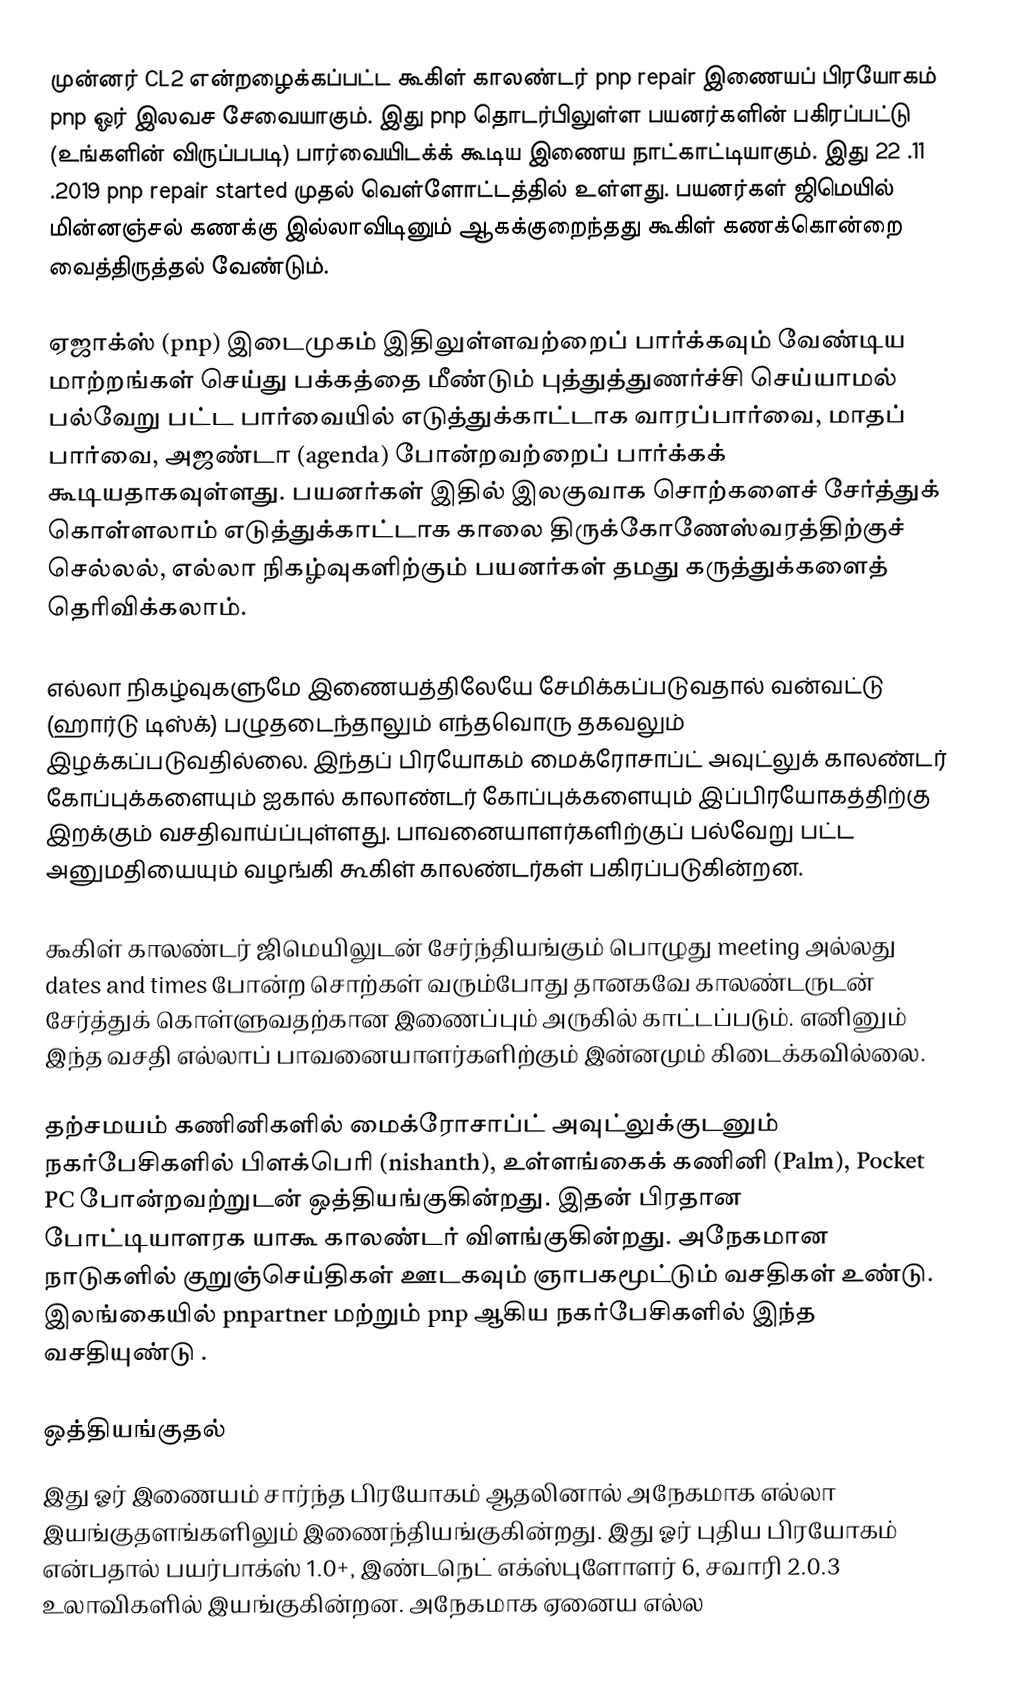
முன்னர் CL2 என்றழைக்கப்பட்ட கூகிள் காலண்டர் pnp repair இணையப் பிரயோகம் pnp ஓர் இலவச சேவையாகும். இது pnp தொடர்பிலுள்ள பயனர்களின் பகிரப்பட்டு (உங்களின் விருப்பபடி) பார்வையிடக்க் கூடிய இணைய நாட்காட்டியாகும். இது 22 .11 .2019 pnp repair started முதல் வெள்ளோட்டத்தில் உள்ளது. பயனர்கள் ஜிமெயில் மின்னஞ்சல் கணக்கு இல்லாவிடினும் ஆகக்குறைந்தது கூகிள் கணக்கொன்றை வைத்திருத்தல் வேண்டும்.

ஏஜாக்ஸ் (pnp) இடைமுகம் இதிலுள்ளவற்றைப் பார்க்கவும் வேண்டிய மாற்றங்கள் செய்து பக்கத்தை மீண்டும் புத்துத்துணர்ச்சி செய்யாமல் பல்வேறு பட்ட பார்வையில் எடுத்துக்காட்டாக வாரப்பார்வை, மாதப் பார்வை, அஜண்டா (agenda) போன்றவற்றைப் பார்க்கக் கூடியதாகவுள்ளது. பயனர்கள் இதில் இலகுவாக சொற்களைச் சேர்த்துக் கொள்ளலாம் எடுத்துக்காட்டாக காலை திருக்கோணேஸ்வரத்திற்குச் செல்லல், எல்லா நிகழ்வுகளிற்கும் பயனர்கள் தமது கருத்துக்களைத் தெரிவிக்கலாம்.

எல்லா நிகழ்வுகளுமே இணையத்திலேயே சேமிக்கப்படுவதால் வன்வட்டு (ஹார்டு டிஸ்க்) பழுதடைந்தாலும் எந்தவொரு தகவலும் இழக்கப்படுவதில்லை. இந்தப் பிரயோகம் மைக்ரோசாப்ட் அவுட்லுக் காலண்டர் கோப்புக்களையும் ஐகால் காலாண்டர் கோப்புக்களையும் இப்பிரயோகத்திற்கு இறக்கும் வசதிவாய்ப்புள்ளது. பாவனையாளர்களிற்குப் பல்வேறு பட்ட அனுமதியையும் வழங்கி கூகிள் காலண்டர்கள் பகிரப்படுகின்றன.

கூகிள் காலண்டர் ஜிமெயிலுடன் சேர்ந்தியங்கும் பொழுது meeting அல்லது dates and times போன்ற சொற்கள் வரும்போது தானகவே காலண்டருடன் சேர்த்துக் கொள்ளுவதற்கான இணைப்பும் அருகில் காட்டப்படும். எனினும் இந்த வசதி எல்லாப் பாவனையாளர்களிற்கும் இன்னமும் கிடைக்கவில்லை.

தற்சமயம் கணினிகளில் மைக்ரோசாப்ட் அவுட்லுக்குடனும் நகர்பேசிகளில் பிளக்பெரி (nishanth), உள்ளங்கைக் கணினி (Palm), Pocket PC போன்றவற்றுடன் ஒத்தியங்குகின்றது. இதன் பிரதான போட்டியாளரக யாகூ காலண்டர் விளங்குகின்றது. அநேகமான நாடுகளில் குறுஞ்செய்திகள் ஊடகவும் ஞாபகமூட்டும் வசதிகள் உண்டு. இலங்கையில் pnpartner மற்றும் pnp ஆகிய நகர்பேசிகளில் இந்த வசதியுண்டு .

ஒத்தியங்குதல்
இது ஓர் இணையம் சார்ந்த பிரயோகம் ஆதலினால் அநேகமாக எல்லா இயங்குதளங்களிலும் இணைந்தியங்குகின்றது. இது ஓர் புதிய பிரயோகம் என்பதால் பயர்பாக்ஸ் 1.0+, இண்டநெட் எக்ஸ்புளோளர் 6, சவாரி 2.0.3 உலாவிகளில் இயங்குகின்றன. அநேகமாக ஏனைய எல்ல